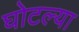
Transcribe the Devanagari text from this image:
घोटल्या